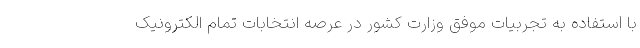
با استفاده به تجربیات موفق وزارت کشور در عرصه انتخابات تمام الکترونیک